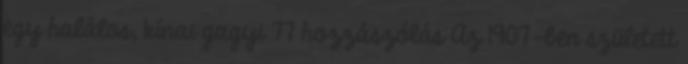
egy halálos, kínai gagyi 77 hozzászólás Az 1907-ben született